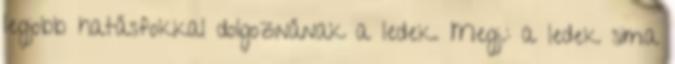
legjobb hatásfokkal dolgoznának a ledek. Megj.: a ledek sima